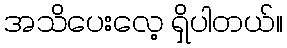
အသိပေးလေ့ ရှိပါတယ်။